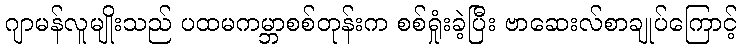
ဂျာမန်လူမျိုးသည် ပထမကမ္ဘာစစ်တုန်းက စစ်ရှုံးခဲ့ပြီး ဗာဆေးလ်စာချုပ်ကြောင့်